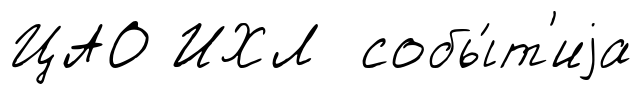
ЦАО ИХЛ собы́т'иjа